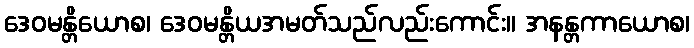
ဒေဝမန္တိယောစ၊ ဒေဝမန္တိယအမတ်သည်လည်းကောင်း။ အနန္တကာယောစ၊